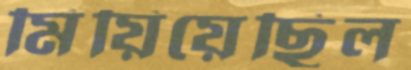
মিয়িয়েছিল